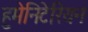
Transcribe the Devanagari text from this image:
हुमेनिटेरियन